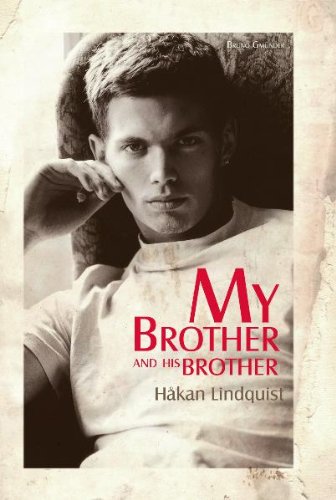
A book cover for My Brother and His Brother; Hakan Lindquist; Romance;